Plague in India, 1896, 1897 - Volume 2
Year: 1896
Disease focus: Plague
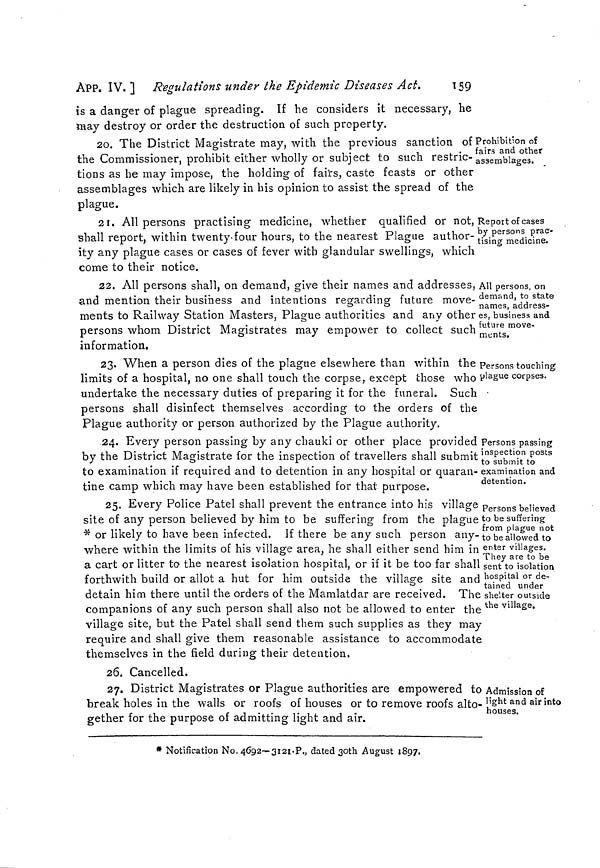
ÀPP. IV. ] Regulations under the Epidemie Diseases Act.
159
is a danger of plague spreading. If he considers it necessary, he
miay destroy or order the destruction of such property.
Prohibition of
fairs and other
assemblages.
20. The District Magistrate may, with the previous sanction of
the Commissioner, prohibit either wholly or subject to such restric-
tions as he may impose, the holding of fairs, caste feasts or other
assemblages which are likely in his opinion to assist the spread of the
plague.
Report of cases
by persons prac-
tising medicine.
21. All persons practising medicine, whether qualified or not,
shall report, within twenty-four hours, to the nearest Plague author-
ity any plague cases or cases of fever with glandular swellings, which
come to their notice.
All persons, on
demand, to state
names, address-
es, business and
future move-
ments.
22. All persons shall, on demand, give their names and addresses,
and mention their business and intentions regarding future move-
ments to Railway Station Masters, Plague authorities and any other
persons whom District Magistrates may empower to collect such
information.
Persons touching:
plague corpses.
23. When a person dies of the plague elsewhere than within the
limits of a hospital, no one shall touch the corpse, except those who
undertake the necessary duties of preparing it for the funeral. Such
persons shall disinfect themselves according to the orders of the
Plague authority or person authorized by the Plague authority.
Persons passing
inspection posts
to submit to
examination and
detention.
24. Every person passing by any chauki or other place provided
by the District Magistrate for the inspection of travellers shall submit
to examination if required and to detention in any hospital or quaran-
tine camp which may have been established for that purpose.
Persons believed
to be suffering
from plague not
to be allowed to
enter villages.
They are to be
sent to isolation
hospital or de-
tained under
shelter outside
the village.
25. Every Police Patel shall prevent the entrance into his village
site of any person believed by him to be suffering from the plague
* or likely to have been infected. If there be any such person any-
where within the limits of his village area, he shall either send him in
a cart or litter to the nearest isolation hospital, or if it be too far shall
forthwith build or allot a hut for him outside the village site and
detain him there until the orders of the Mamlatdar are received. The
companions of any such person shall also not be allowed to enter the
village site, but the Patel shall send them such supplies as they may
require and shall give them reasonable assistance to accommodate
themselves in the field during their detention,
26. Cancelled.
Admission of
light and air into
houses.
27. District Magistrates or Plague authorities are empowered to
break holes in the walls or roofs of houses or to remove roofs alto-
gether for the purpose of admitting light and air.
* Notification No. 4692— 3121-P., dated 3Oth August 1897.